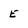
Character: E